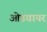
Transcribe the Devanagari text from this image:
ओडवायर